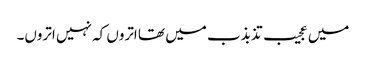
میں عجیب تذبذب میں تھا اتروں کہ نہیں اتروں۔